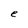
Character: e